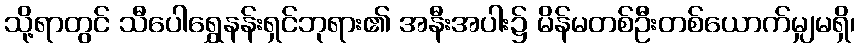
သို့ရာတွင် သီပေါရွှေနန်းရှင်ဘုရား၏ အနီးအပါး၌ မိန်မတစ်ဦးတစ်ယောက်မျှမရှိ၊